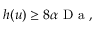
h ( u ) \geq 8 \alpha \mathrm { ~ D ~ a ~ } ,